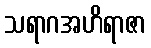
သရာဂအဟိရာဇာ